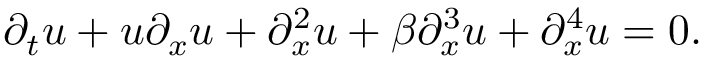
\partial _ { t } u + u \partial _ { x } u + \partial _ { x } ^ { 2 } u + \beta \partial _ { x } ^ { 3 } u + \partial _ { x } ^ { 4 } u = 0 .